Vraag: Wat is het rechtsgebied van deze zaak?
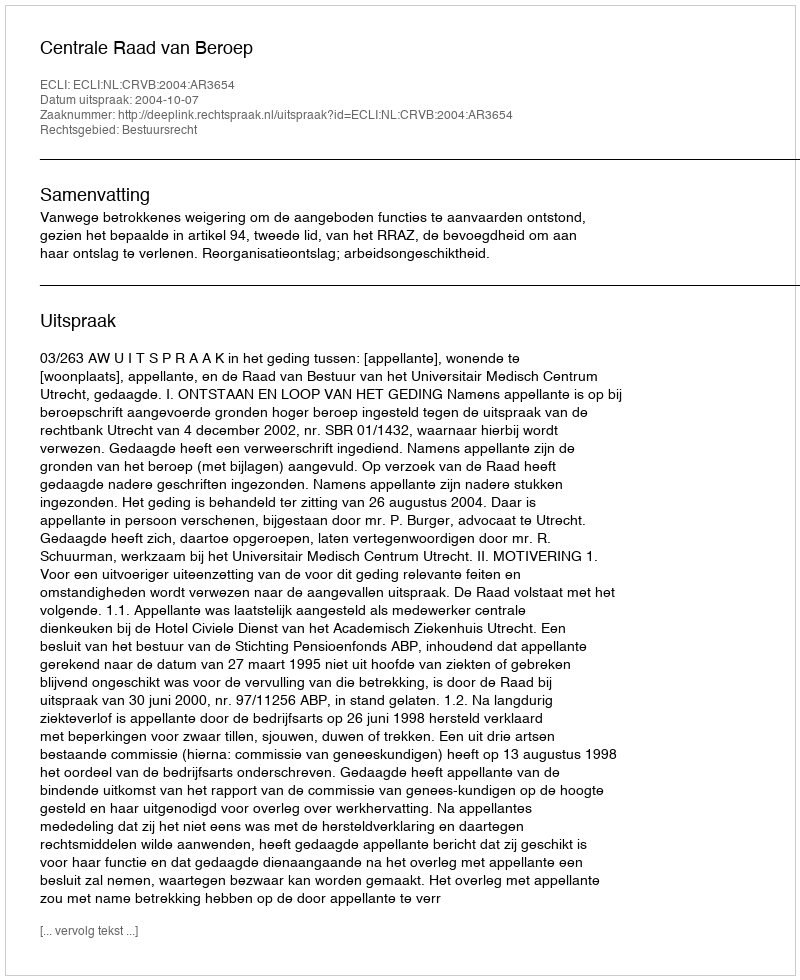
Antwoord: Bestuursrecht